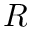
R